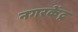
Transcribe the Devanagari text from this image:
नगरकेंद्र